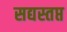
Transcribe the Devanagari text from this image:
सद्यस्तप्त